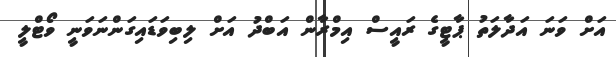
އަށް ވަނަ އަދާލަތު ޕާޓީގެ ރައީސް އިމްރާން އަބްދު އަށް ލިބިވަޑައިގަންނަވަނީ ވޯޓްލީ